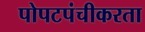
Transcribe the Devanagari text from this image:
पोपटपंचीकरता